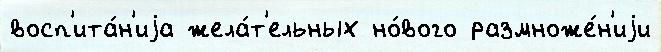
восп'ита́н'иjа жела́т'ельных но́вого размноже́н'иjи